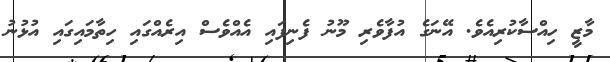
މާޒީ ހިއްސާކުރިއެވެ. އޭނަގެ އުފާވެރި މޫނު ފެނިފައި އެއްވެސް އިރެއްގައި ހިތާމައިގައި އުޅުނު